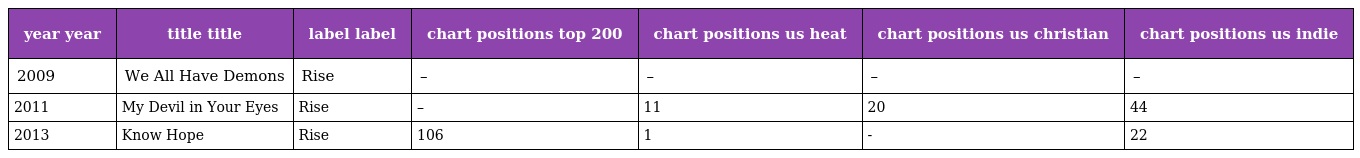
| year year | title title | label label | chart positions top 200 | chart positions us heat | chart positions us christian | chart positions us indie |
 | --- | --- | --- | --- | --- | --- | --- |
 | 2009 | We All Have Demons | Rise | – | – | – | – |
 | 2011 | My Devil in Your Eyes | Rise | – | 11 | 20 | 44 |
 | 2013 | Know Hope | Rise | 106 | 1 | - | 22 |